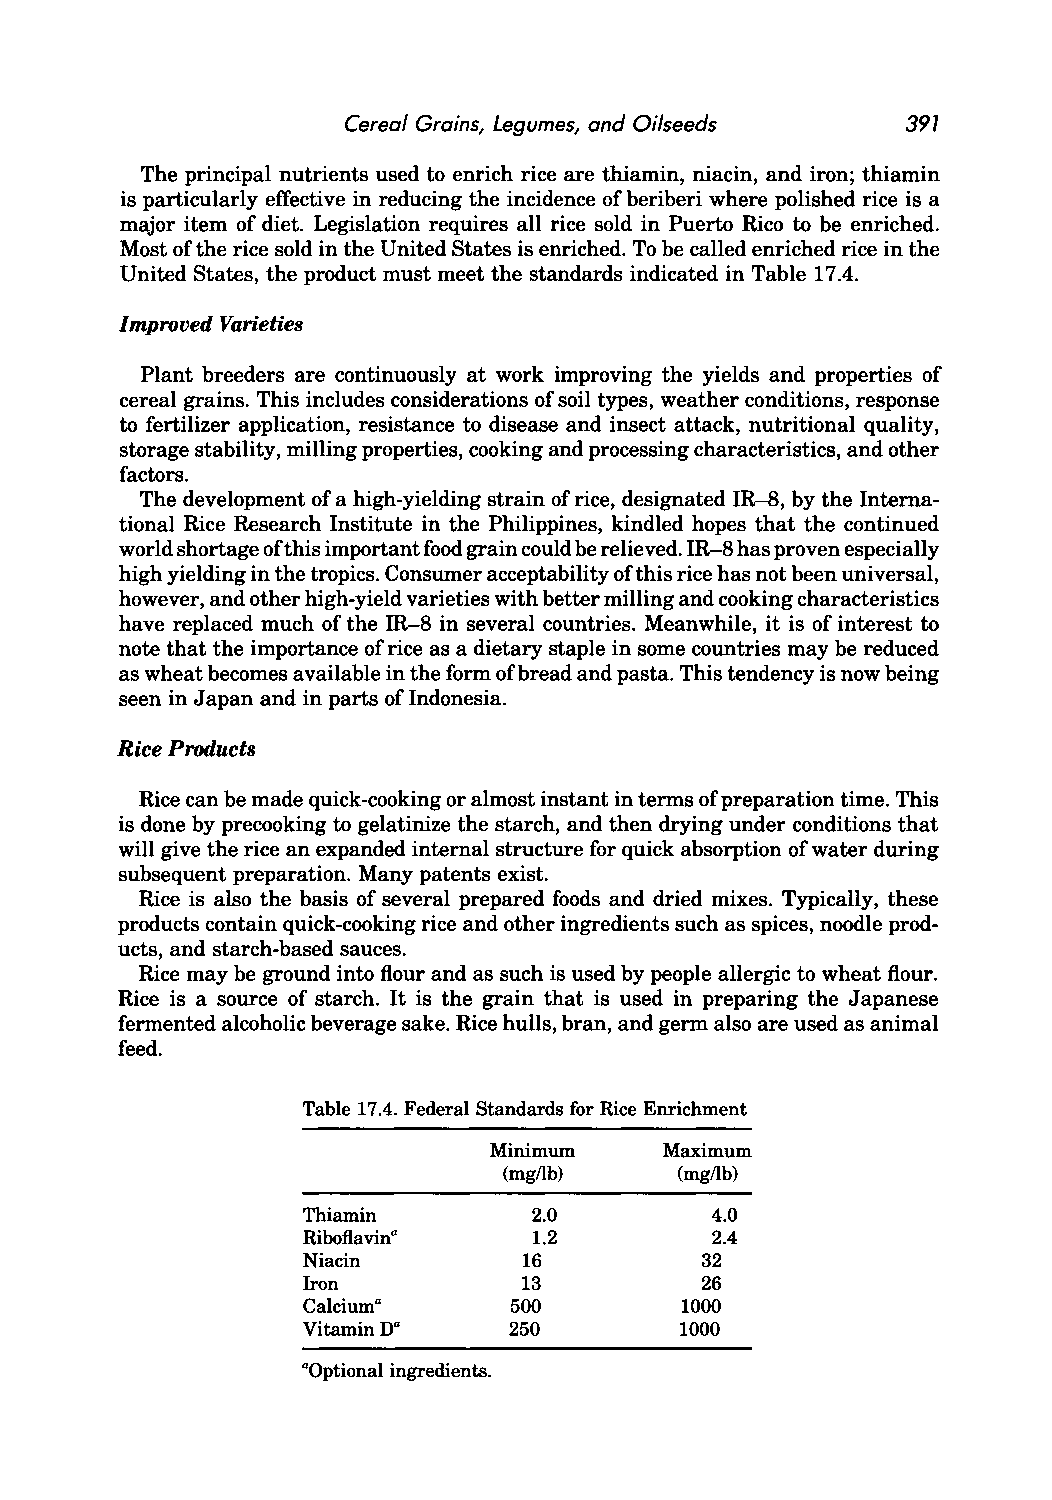
Cereal Grains, Legumes, and Oilseeds 397
 The principal nutrients used to enrich rice are thiamin, niacin, and iron; thiamin
 is particularly effective in reducing the incidence of beriberi where polished rice is a
 major item of diet. Legislation requires all rice sold in Puerto Rico to be enriched.
 Most of the rice sold in the United States is enriched. To be called enriched rice in the
 United States, the product must meet the standards indicated in Table 17.4.
 Improved Varieties
 Plant breeders are continuously at work improving the yields and properties of
 cereal grains. This includes considerations of soil types, weather conditions, response
 to fertilizer application, resistance to disease and insect attack, nutritional quality,
 storage stability, milling properties, cooking and processing characteristics, and other
 factors.
 The development of a high-yielding strain of rice, designated IR-8, by the Interna
 tional Rice Research Institute in the Philippines, kindled hopes that the continued
 world shortage of this important food grain could be relieved. IR-8 has proven especially
 high yielding in the tropics. Consumer acceptability of this rice has not been universal,
 however, and other high-yield varieties with better milling and cooking characteristics
 have replaced much of the IR-8 in several countries. Meanwhile, it is of interest to
 note that the importance of rice as a dietary staple in some countries may be reduced
 as wheat becomes available in the form of bread and pasta. This tendency is now being
 seen in Japan and in parts ofIndonesia.
 Rice Products
 Rice can be made quick-cooking or almost instant in terms of preparation time. This
 is done by precooking to gelatinize the starch, and then drying under conditions that
 will give the rice an expanded internal structure for quick absorption of water during
 subsequent preparation. Many patents exist.
 Rice is also the basis of several prepared foods and dried mixes. Typically, these
 products contain quick-cooking rice and other ingredients such as spices, noodle prod
 ucts, and starch-based sauces.
 Rice may be ground into flour and as such is used by people allergic to wheat flour.
 Rice is a source of starch. It is the grain that is used in preparing the Japanese
 fermented alcoholic beverage sake. Rice hulls, bran, and germ also are used as animal
 feed.
 Table 17.4. Federal Standards for Rice Enrichment
 Minimum     Maximum
 (mg/lb)     (mg/lb)
 Thiamin        2.0         4.0
 Riboflavina    1.2         2.4
 Niacin         16         32
 Iron           13         26
 Calciuma      500        1000
 VitaminDa     250        1000
 aOptional ingredients.